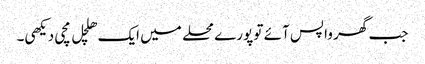
جب گھر واپس آئے تو پورے محلے میں ایک ھلچل مچی دیکھی۔